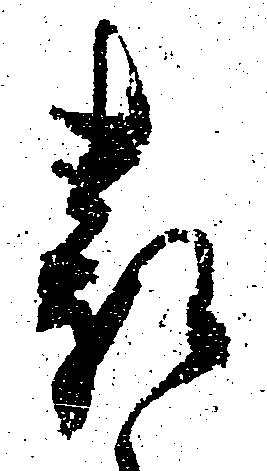
表